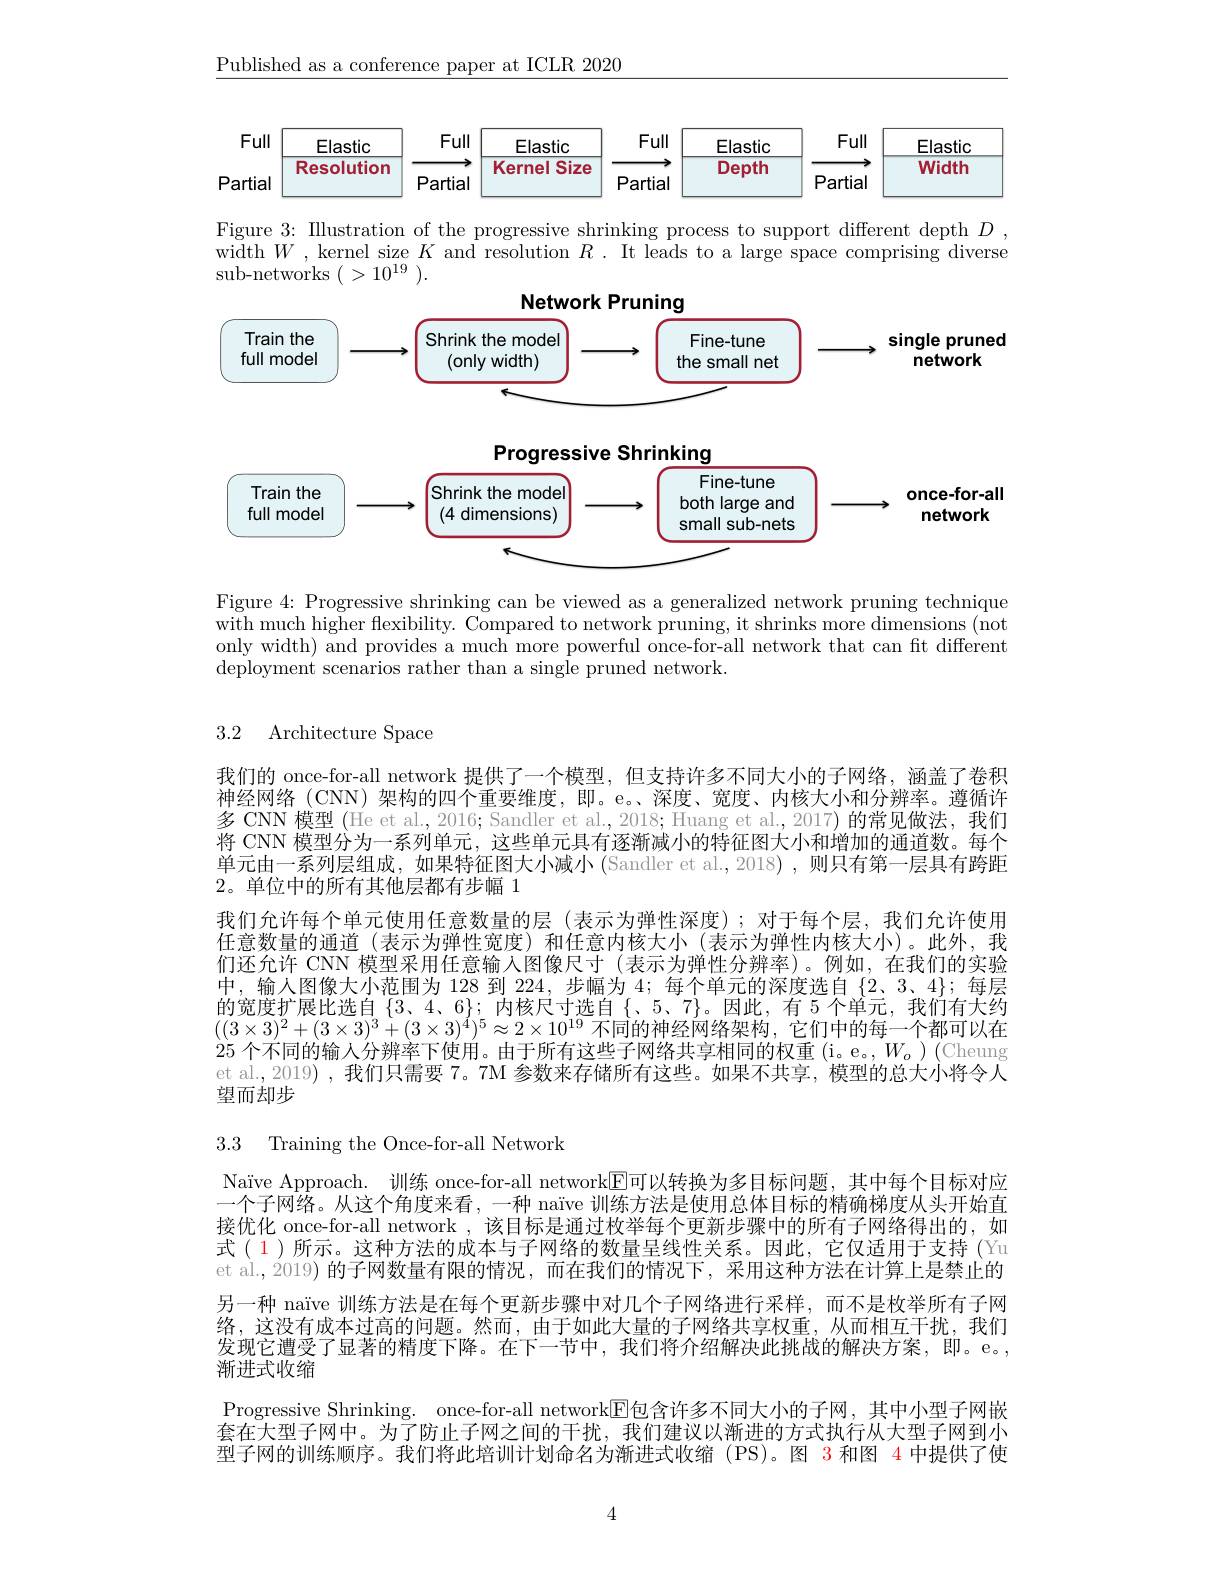
$\underline{\text{Published as a conference paper at ICLR 2020}}$

<FigureHere>

Figure 3: Illustration of the progressive shrinking process to support different depth $D$ , width $W$ , kernel size $K$ and resolution $R.$ It leads to a large space comprising diverse sub-networks $(>10^{19}).$
Network Pruning

<FigureHere>

Progressive Shrinking
<FigureHere>

Figure 4: Progressive shrinking can be viewed as a generalized network pruning technique $\bar{\text{with much higher flexibility. Compared to network pruning, it shrinks more dimensions(not})}$ only width) and provides a much more powerful once-for-all network that can fit different deployment scenarios rather than a single pruned network.

3.2 Architecture Space

我们的 once-for-all network 提供了一个模型，但支持许多不同大小的子网络，涵盖了卷积神经网络(CNN)架构的四个重要维度，即。e。、深度、宽度、内核大小和分辨率。遵循许多 CNN 模型 (He et al., 2016; Sandler et al., 2018; Huang et al., 2017) 的常见做法，我们， 将 CNN 模型分为一系列单元，这些单元具有逐渐减小的特征图大小和增加的通道数。每个单元由一系列层组成，如果特征图大小减小 (Sandler et al.,2018) ,则只有第一层具有跨距2。单位中的所有其他层都有步幅 1
我们允许每个单元使用任意数量的层 (表示为弹性深度);对于每个层，我们允许使用任意数量的通道 (表示为弹性宽度)和任意内核大小 (表示为弹性内核大小)。此外，我们还允许 CNN 模型采用任意输人图像尺寸 (表示为弹性分辨率)。例如，在我们的实验中，输人图像大小范围为 128 到224，步幅为 4;每个单元的深度选自$\{2$、3、4$\};$每层的宽度扩展比选自$\{3、4、6\};$内核尺寸选自$\{$、5、7},因此，有 5个单元，我们有大约$((3\times3)^2+(3\times3)^3+(3\times3)^4)^5\approx2\times10^{19}$不同的神经网络架构，它们中的每一个都可以在25 个不同的输人分辨率下使用。由于所有这些子网络共享相同的权重(i。e。,$W_o)$(Cheung et al., 2019) , 我们只需要 7。7M 参数来存储所有这些。如果不共享，模型的总大小将令人望而却步

3.3 Training the Once-for-all Network

Naïve Approach. 训练 once-for-all network$\overline{\mathrm{F}}$可以转换为多目标问题，其中每个目标对应一个子网络。从这个角度来看，一种 naïve 训练方法是使用总体目标的精确梯度从头开始直接优化 once-for-all network ,该目标是通过枚举每个更新步骤中的所有子网络得出的，如式(1)所示。这种方法的成本与子网络的数量呈线性关系。因此，它仅适用于支持 (Yu et al., 2019) 的子网数量有限的情况，而在我们的情况下，采用这种方法在计算上是禁止的另一种 naïve 训练方法是在每个更新步骤中对几个子网络进行采样，而不是枚举所有子网络，这没有成本过高的问题。然而，由于如此大量的子网络共享权重，从而相互干扰，我们发现它遭受了显著的精度下降。在下一节中，我们将介绍解决此挑战的解决方案，即。e。, 渐进式收缩
Progressive Shrinking. once-for-all network$\underline{\mathrm{E}}$包含许多不同大小的子网，其中小型子网嵌套在大型子网中。为了防止子网之间的干扰，我们建议以渐进的方式执行从大型子网到小型子网的训练顺序。我们将此培训计划命名为渐进式收缩 (PS)。图 3 和图 4 中提供了使

4